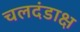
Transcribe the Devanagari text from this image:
चलदंडाक्ष